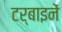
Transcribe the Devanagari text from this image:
टर्बाइनें